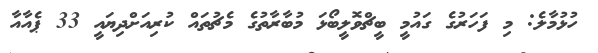
ހުޅުމާލެ: މި ފަހަރުގެ ގައުމީ ބީޗްވޮލީބޯޅަ މުބާރާތުގެ މެޗުތައް ކުރިއަށްދިޔައީ 33 ޕެއާއާ